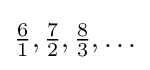
{\tfrac {6}{1}},{\tfrac {7}{2}},{\tfrac {8}{3}},\ldots